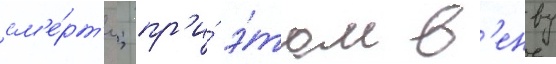
см'е́рт'и; пр'и́ э́том в'енву